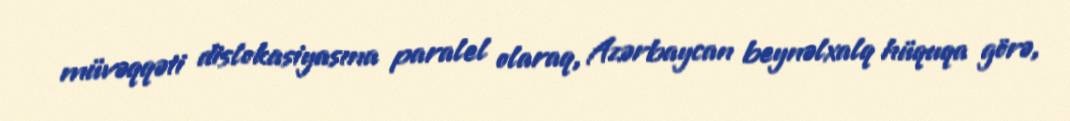
müvəqqəti dislokasiyasına paralel olaraq, Azərbaycan beynəlxalq hüquqa görə,